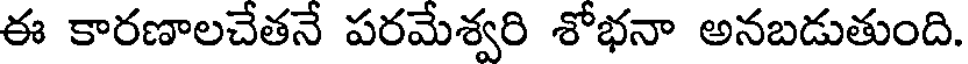
ఈ కారణాలచేతనే పరమేశ్వరి శోభనా అనబడుతుంది.